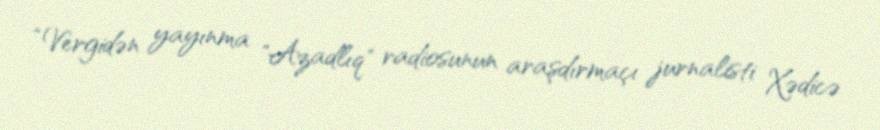
“Vergidən yayınma "Azadlıq" radiosunun araşdırmaçı jurnalisti Xədicə